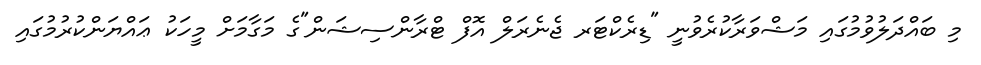
މި ބައްދަލުވުމުގައި މަޝްވަރާކުރެވުނީ "ޑިރެކްޓަރ ޖެނެރަލް އޮފް ޓްރާންސިޝަން"ގެ މަގާމަށް މީހަކު ޢައްޔަންކުރުމުގައި